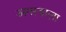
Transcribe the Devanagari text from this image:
अगरवाला